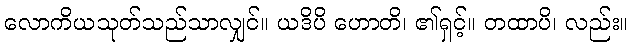
လောကိယသုတ်သည်သာလျှင်။ ယဒိပိ ဟောတိ၊ ၏ရှင့်။ တထာပိ၊ လည်း။